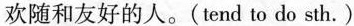
欢随和友好的人.(tend to do sth.)